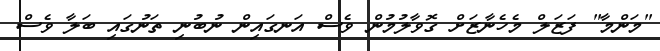
"މަންމާ" ފަޒަލް މެހެނާޒަށް ގޮވާލުމުން ވެސް އަނގައިން ނުބުނި ތަނުގައި ބަލާ ވެސް